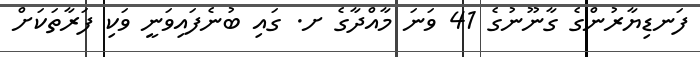
ފަނޑިޔާރުންގެ ގާނޫނުގެ 41 ވަނަ މާއްދާގެ ށ. ގައި ބުނެފައިވަނީ ވަކި ފަރާތަކަށް